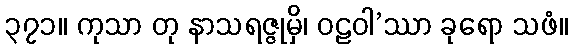
၃၇၁။ ကုသာ တု နာသရဇ္ဇုမှိ၊ ဝဠဝါ’ဿာ ခုရော သဖံ။